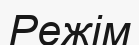
Режім